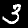
Digit: 3